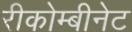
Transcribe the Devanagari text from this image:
रीकोम्बीनेट